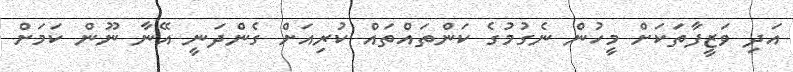
އަދި ވަޒީފާތަކަށް މީހުން ނެގުމުގެ ކަންތައްތައް ކުރިއަށް ގެންދަނީ އޭނާ ނޫން ކަމަށް